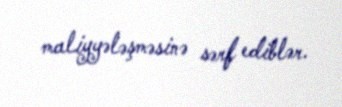
maliyyələşməsinə sərf ediblər.